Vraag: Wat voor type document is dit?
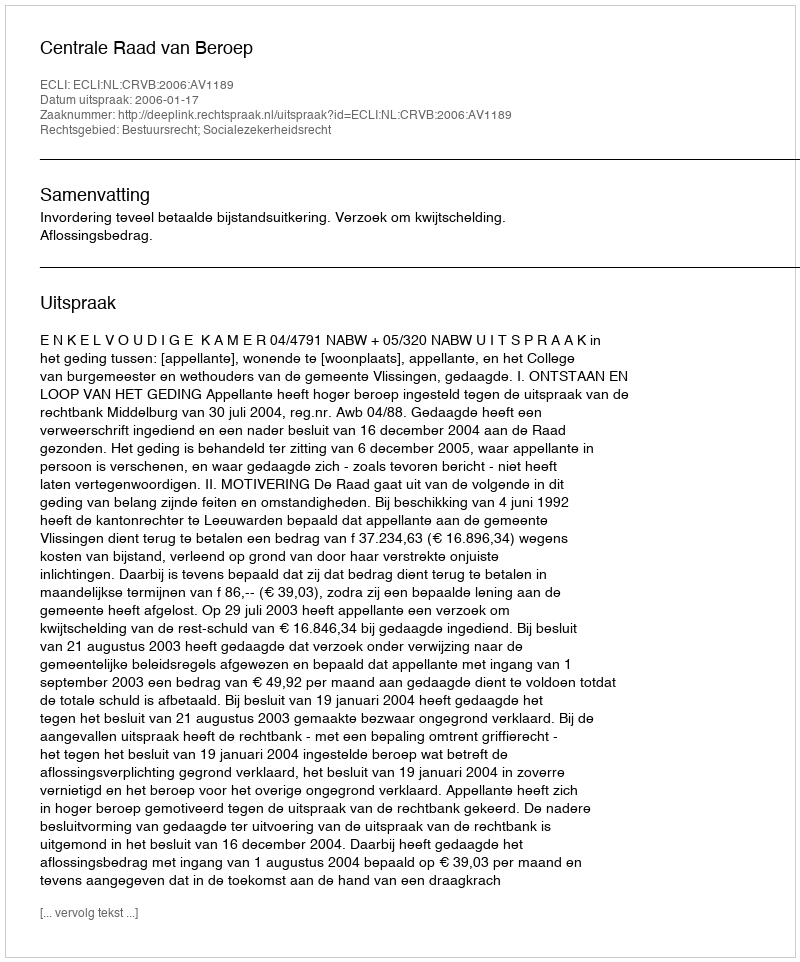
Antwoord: Uitspraak